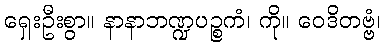
ရှေးဦးစွာ။ နာနာဘဏ္ဍပဉ္စကံ၊ ကို။ ဝေဒိတဗ္ဗံ၊